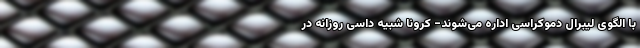
با الگوی لیبرال دموکراسی اداره می‌شوند- کرونا شبیه داسی روزانه در